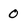
Character: 0